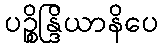
ပဉ္စိန္ဒြိယာနိပေ